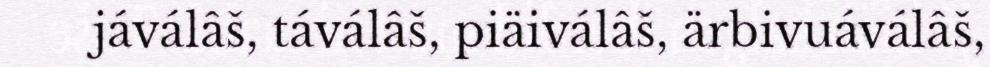
jáválâš, táválâš, piäiválâš, ärbivuáválâš,